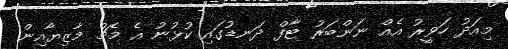
މިއަދު ހަވީރު އެއް ނަންބަރު ޓާފް ދަނޑުގައި ކުޅުނު އެ މެޗު މާޒިޔާއިން